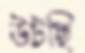
উটছি